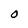
Character: O